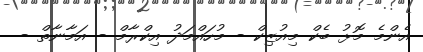
އެންމެ މޮޅު ބެކް މިއުޒިކް - މުހައްމަދު އިކްރާމް - އަމާނާތް -